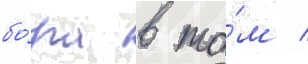
бо́ра в то́м /